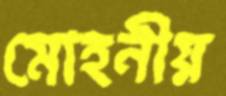
মোহনীয়